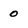
Character: 0